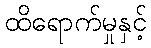
ထိရောက်မှုနှင့်